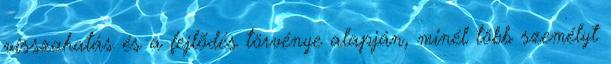
visszahatás és a fejlõdés törvénye alapján, minél több személyt